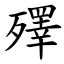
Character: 殬